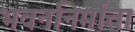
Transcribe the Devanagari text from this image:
भवननिर्माता